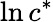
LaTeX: \ln{{c}^{*}}